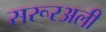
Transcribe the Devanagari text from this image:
सरूरअली